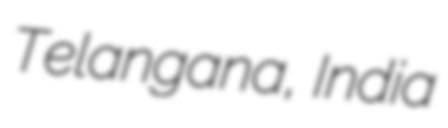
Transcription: Telangana, India